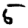
Digit: 5